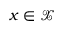
x \in \mathcal X